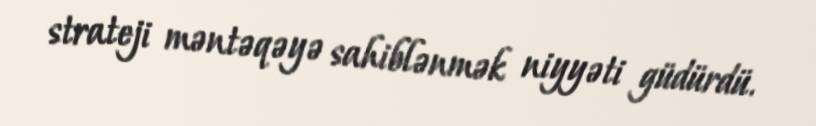
strateji məntəqəyə sahiblənmək niyyəti güdürdü.